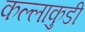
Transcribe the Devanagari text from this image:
कल्लाकुडी